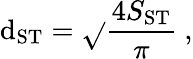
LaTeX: \mathrm{d}_{\mathrm{{ST}}}=\sqrt{}{{\frac{{4S_{\mathrm{{ST}}}}}{{\pi}}}}~,